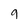
Character: 9